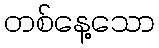
တစ်နေ့သော